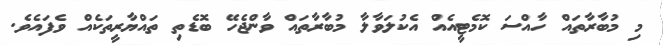
މި މުބާރާތައް ހާއްސަ ކޮމެޓީއެއް އެކުލަވާލާ މުބާރާތައް ވާންޖެހޭ ބޮޑެތި ތައްޔާރީތަކެއް ވެފައެވެ.